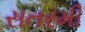
સતરમી